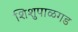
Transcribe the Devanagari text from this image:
शिशुपाळगड